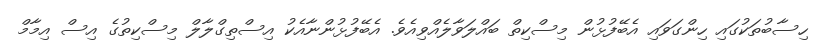
ހިސާބުތަކުގައި ހިންގަވައި އެބޭފުޅުން މިސްކިތް ބައްލަވާލެއްވިއެވެ. އެބޭފުޅުންނާއެކު އިސްތިގްލާލް މިސްކިތުގެ އިސް އިމާމް